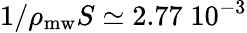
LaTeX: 1/\rho_{\mathrm{mw}}S\simeq 2.77\; 10^{-3}